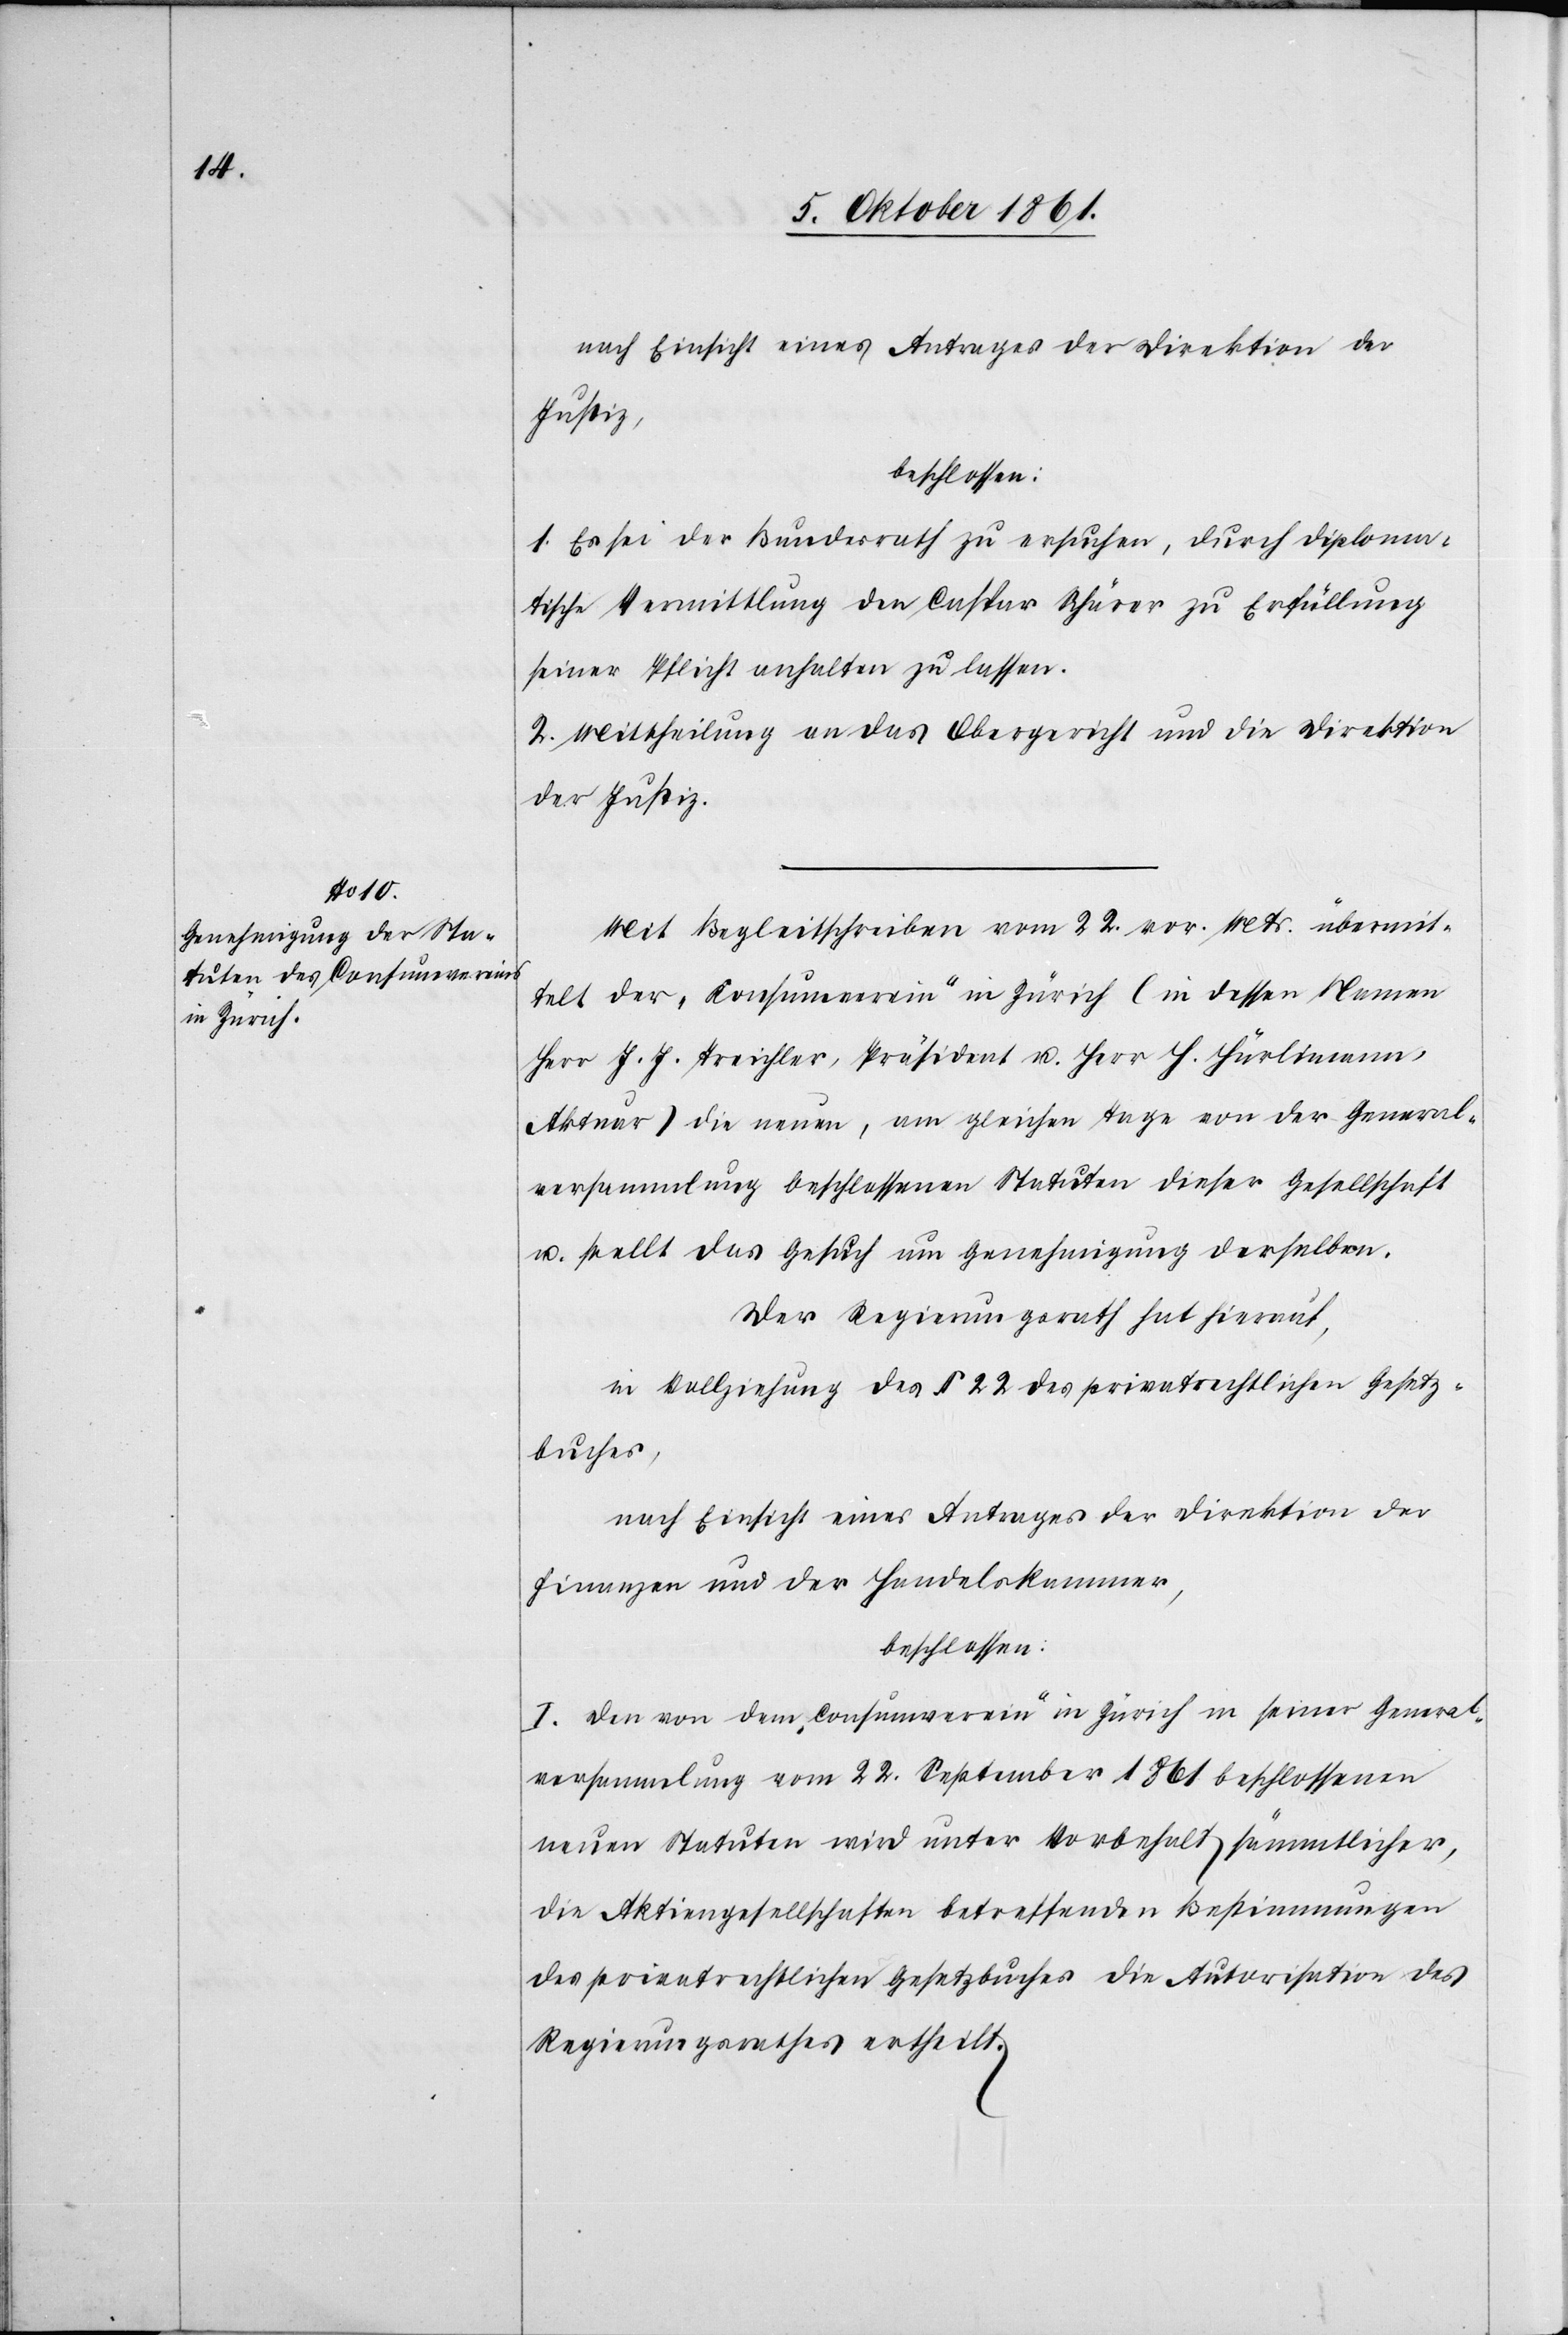
nach Einsicht eines Antrages der Direktion der
Justiz,
beschlossen:
1. Es sei der Bundesrath zu ersuchen, durch diploma¬
tische Vermittlung den Caspar Schärer zu Erfüllung
seiner Pflicht anhalten zu lassen.
2. Mittheilung an das Obergericht und die Direktion
der Justiz.
Mit Begleitschreiben vom 22 v. Mts. übermit¬
telt der „Consumverein“ in Zürich (in dessen Namen
Herr J. J. Treichler, Präsident u. Herr H. Hürlimann,
Akteur) die neuen, am gleichen Tage von der General¬
versammlung beschlossenen Statuten dieser Gesellschaft
u. stellt das Gesuch um Genehmigung derselben.
Der Regierungsrath hat hierauf,
in Vollziehung des § 22 des privatrechtlichen Gesetz¬
buches,
nach Einsicht eines Antrages der Direktion der
Finanzen und der Handelskammer,
beschlossen:
I. Den von dem „Consumverein“ in Zürich in seiner General¬
versammlung vom 22 September 1861 beschlossenen
neuen Statuten wird unter Vorbehalt sämmtlicher,
die Aktiengesellschaft betreffenden Bestimmungen
des privatrechtlichen Gesetzbuches die Autorisation des
Regierungsrathes ertheilt.